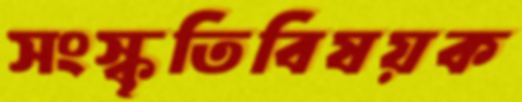
সংস্কৃতিবিষয়ক